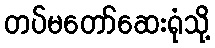
တပ်မတော်ဆေးရုံသို့